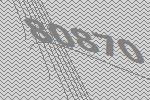
80870